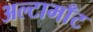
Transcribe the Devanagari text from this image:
अल्टामाँट